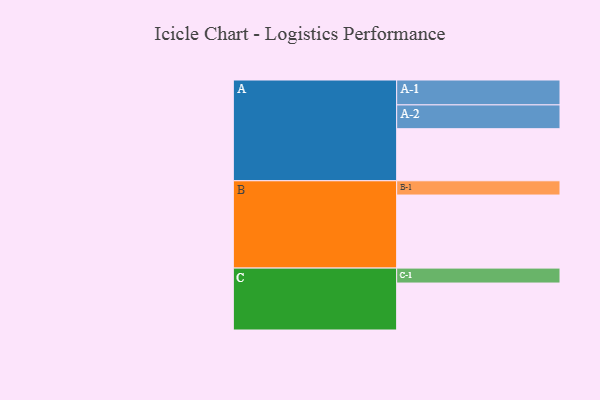
{"axis": {"x": "Segment", "y": "Value"}, "legend": ["", "A", "B", "C"], "data": [{"x": "A", "y": 387, "type": ""}, {"x": "B", "y": 543, "type": ""}, {"x": "C", "y": 349, "type": ""}, {"x": "A-1", "y": 185, "type": "A"}, {"x": "A-2", "y": 177, "type": "A"}, {"x": "B-1", "y": 106, "type": "B"}, {"x": "C-1", "y": 111, "type": "C"}]}